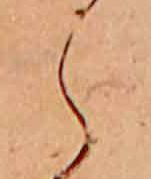
ら